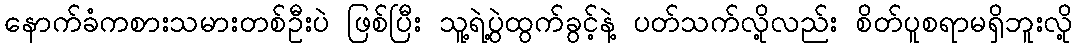
နောက်ခံကစားသမားတစ်ဦးပဲ ဖြစ်ပြီး သူ့ရဲ့ပွဲထွက်ခွင့်နဲ့ ပတ်သက်လို့လည်း စိတ်ပူစရာမရှိဘူးလို့